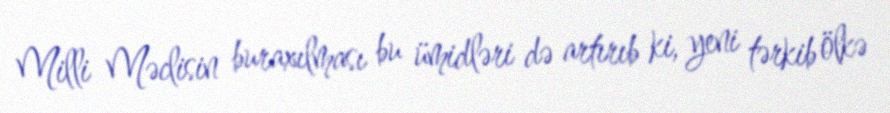
Milli Məclisin buraxılması bu ümidləri də artırıb ki, yeni tərkib ölkə